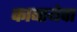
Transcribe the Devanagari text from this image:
काबायेवा